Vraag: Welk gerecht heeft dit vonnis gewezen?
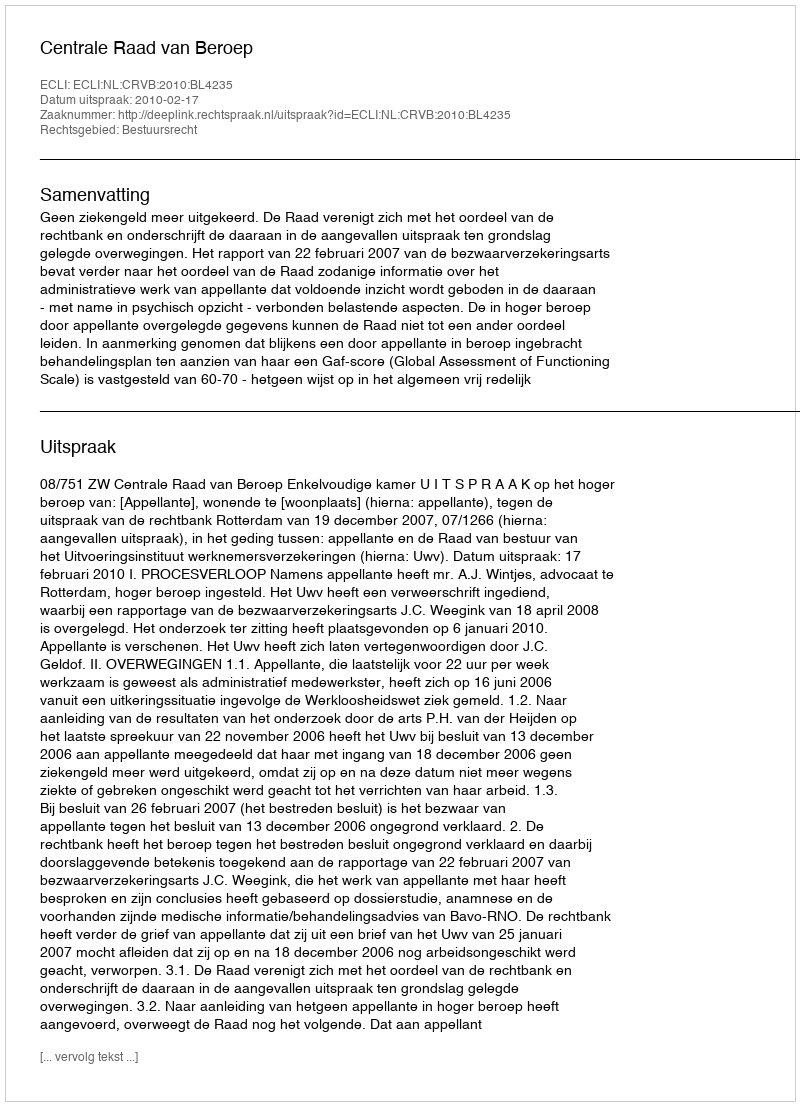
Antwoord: Centrale Raad van Beroep